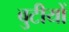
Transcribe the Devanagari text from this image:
बुटीयों